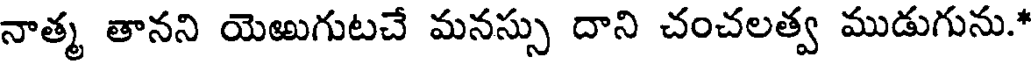
నాత్మ తానని యెఱుగుటచే మనస్సు దాని చంచలత్వ ముడుగును.*